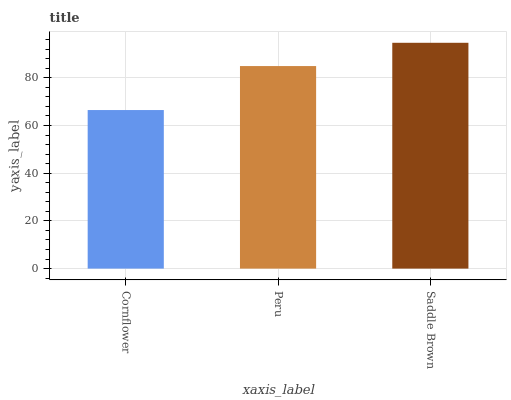
| xaxis_label | bars |
 | --- | --- |
 | Cornflower | 66.5 |
 | Peru | 84.9 |
 | Saddle Brown | 94.7 |